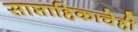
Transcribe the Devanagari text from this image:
साप्ताहिकाचेही